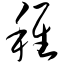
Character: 稚